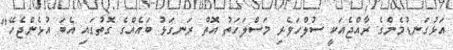
އަޅުގަނޑުމެންގެ ރާއްޖެއަކީ ސުލްހަވެރި މަސްލަހަތު އޮތް ރަނގަޅު ބައެއްގެ ގޮތުގައި އެބަ އުޅެންޖެހޭ"